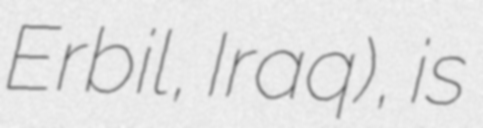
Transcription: Erbil, Iraq), is